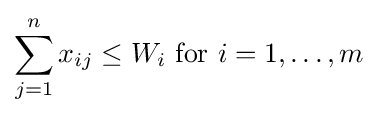
\sum _{j=1}^{n}x_{ij}\leq W_{i}{\text{ for }}i=1,\ldots ,m